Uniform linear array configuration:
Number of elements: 12
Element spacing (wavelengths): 0.75
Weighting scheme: cosine
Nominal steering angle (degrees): -60
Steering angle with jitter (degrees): -61.675
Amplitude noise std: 0.05
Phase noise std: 0.05

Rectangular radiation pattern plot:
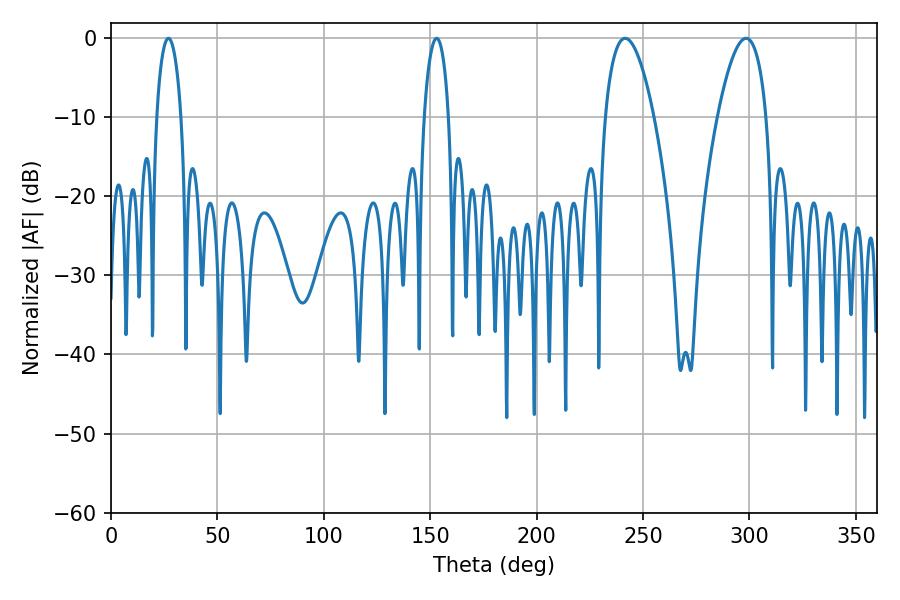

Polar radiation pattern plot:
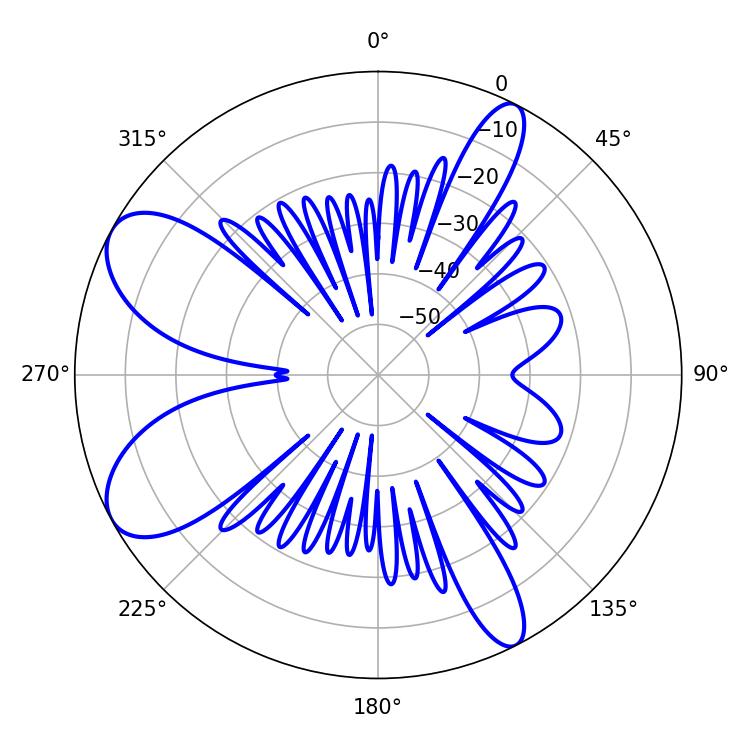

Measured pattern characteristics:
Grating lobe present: TRUE
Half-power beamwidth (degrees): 6.48
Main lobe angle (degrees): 27